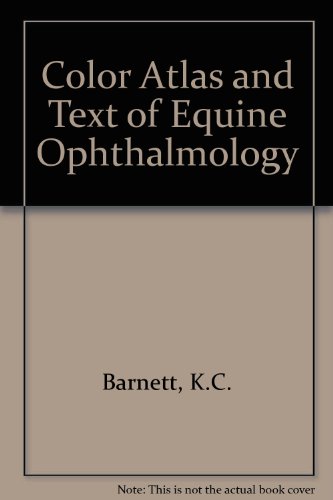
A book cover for Color Atlas and Text of Equine Ophthalmology; K. C. Barnett; Medical Books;